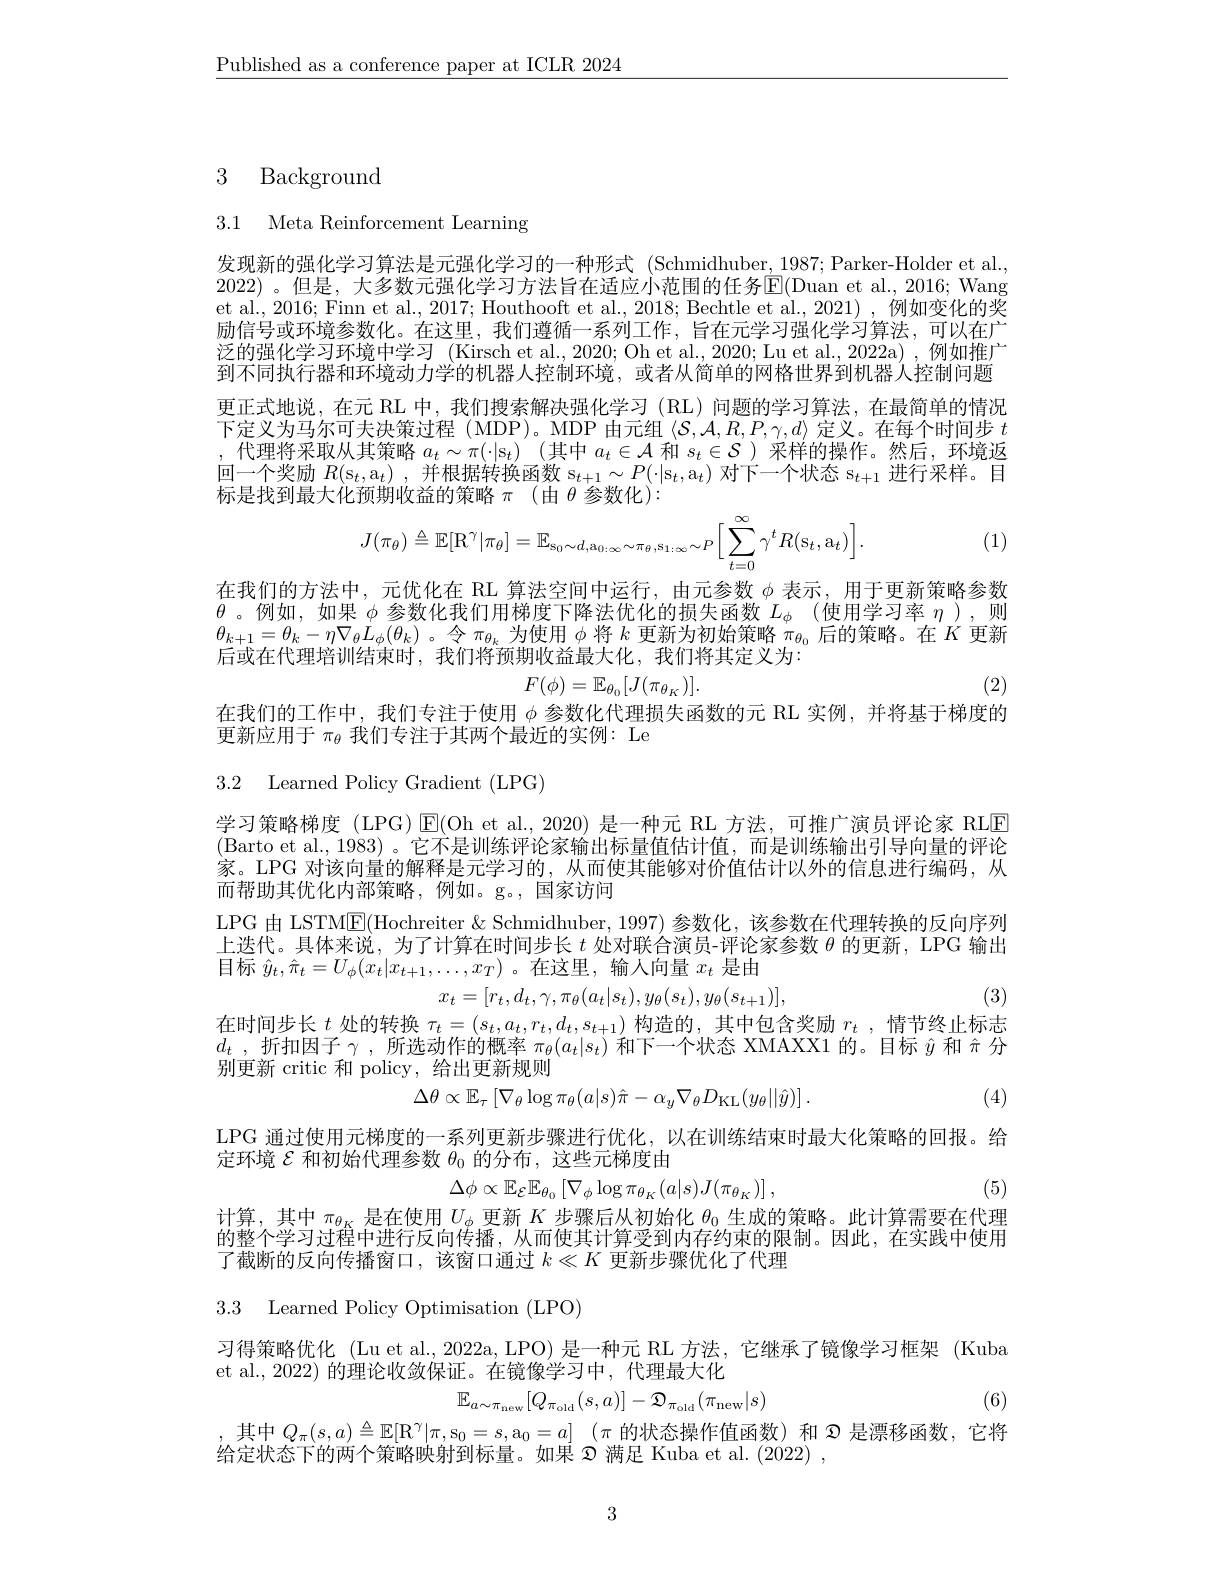
$\underline{\text{Published as a conference paper at ICLR 2024}}$

# 3 Background

3.1 Meta Reinforcement Learning

发现新的强化学习算法是元强化学习的一种形式 (Schmidhuber,1987;Parker-Holder et al., 2022) 。但是，大多数元强化学习方法旨在适应小范围的任务$\boxed{\mathrm{E}}($Duan et al.,2016; Wang et al., 2016; Finn et al., 2017; Houthooft et al., 2018; Bechtle et al., 2021), 例如变化的奖励信号或环境参数化。在这里，我们遵循一系列工作，旨在元学习强化学习算法，可以在广泛的强化学习环境中学习 (Kirsch et al., 2020; Oh et al., 2020; Lu et al., 2022a) ,例如推广到不同执行器和环境动力学的机器人控制环境，或者从简单的网格世界到机器人控制问题更正式地说，在元 RL 中，我们搜索解决强化学习 (RL)问题的学习算法，在最简单的情况下定义为马尔可夫决策过程(MDP)。MDP 由元组$\langle\mathcal{S},\mathcal{A},R,P,\gamma,d\rangle$定义。在每个时间步$t$ ,代理将采取从其策略$a_t\sim\pi(\cdot|\mathfrak{s}_t)$ (其中$a_t\in\mathcal{A}$和$s_t\in\mathcal{S}$ )采样的操作。然后，环境返标是找到最大化预期收益的策略$\pi$ (由$\theta$参数化):
$$J(\pi_{\theta})\triangleq\mathbb{E}[\mathrm R^{\gamma}|\pi_{\theta}]=\mathbb{E}_{\mathrm s_0\sim d,\mathrm a_{0:\infty}\sim\pi_{\theta},\mathrm s_{1:\infty}\sim P}\Big[\sum_{t=0}^{\infty}\gamma^{t}R(\mathrm s_{t},\mathrm a_{t})\Big].$$
(1)

在我们的方法中，元优化在 RL 算法空间中运行，由元参数$\phi$表示，用于更新策略参数$\theta$。例如，如果 $\phi$ 参数化我们用梯度下降法优化的损失函数 $L_\phi($使用学习率 $\eta)$,则$\theta_{k+1}=\theta_k-\eta\nabla_\theta L_\phi(\theta_k)$ 。令$\pi_{\theta_k}$为使用$\phi$将$k$更新为初始策略$\pi_{\theta_0}$后的策略。在$K$更新后或在代理培训结束时，我们将预期收益最大化，我们将其定义为：
$$F(\phi)=\mathbb{E}_{\theta_0}[J(\pi_{\theta_K})].$$
(2)

在我们的工作中，我们专注于使用$\phi$参数化代理损失函数的元 RL 实例，并将基于梯度的
更新应用于$\pi_\mathrm{\theta}$我们专注于其两个最近的实例：Le

3.2 Learned Policy Gradient (LPG)

学习策略梯度 (LPG) $\operatorname{E}($Oh et al.,2020) 是一种元 RL 方法，可推广演员评论家 RLE (Barto et al.,1983)。它不是训练评论家输出标量值估计值，而是训练输出引导向量的评论家。LPG 对该向量的解释是元学习的，从而使其能够对价值估计以外的信息进行编码，从而帮助其优化内部策略，例如。g。,国家访问
LPG 由 LSTM$\underline{\mathrm{E}}($Hochreiter & Schmidhuber, 1997) 参数化，该参数在代理转换的反向序列上迭代。具体来说，为了计算在时间步长$t$处对联合演员-评论家参数$\theta$的更新，LPG 输出目标$\hat{y}_{t},\hat{\pi}_{t}=U_{\phi}(x_{t}|x_{t+1},\ldots,x_{T})$。在这里，输入向量$x_t$是由
$$x_t=[r_t,d_t,\gamma,\pi_\theta(a_t|s_t),y_\theta(s_t),y_\theta(s_{t+1})],$$
(3)
在时间步长$t$处的转换$\tau_t=(s_t,a_t,r_t,d_t,s_{t+1})$构造的，其中包含奖励$r_t$ ,情节终止标志$d_t$ ,折扣因子$\gamma$ ,所选动作的概率$\pi_\theta(a_t|s_t)$和下一个状态 XMAXX1 的。目标$\hat{y}$和 分别更新 critic 和 policy, 给出更新规则
$$\Delta\theta\propto\mathbb{E}_{\tau}\left[\nabla_{\theta}\log\pi_{\theta}(a|s)\hat{\pi}-\alpha_{y}\nabla_{\theta}D_{\mathrm{KL}}(y_{\theta}||\hat{y})\right].$$
(4)
LPG 通过使用元梯度的一系列更新步骤进行优化，以在训练结束时最大化策略的回报。给
定环境$\mathcal{E}$和初始代理参数$\theta_0$的分布，这些元梯度由
$$\Delta\phi\propto\mathbb{E}_{\mathcal{E}}\mathbb{E}_{\theta_{0}}\left[\nabla_{\phi}\log\pi_{\theta_{K}}(a|s)J(\pi_{\theta_{K}})\right],$$
(5)

计算，其中$\pi_\theta_K$是在使用$U_\phi$更新$K$步骤后从初始化$\theta_0$生成的策略。此计算需要在代理的整个学习过程中进行反向传播，从而使其计算受到内存约束的限制。因此，在实践中使用了截断的反向传播窗口，该窗口通过$k\ll K$更新步骤优化了代理

3.3 Learned Policy Optimisation (LPO)

习得策略优化 (Lu et al., 2022a, LPO) 是一种元 RL 方法，它继承了镜像学习框架 (Kuba
et al.,2022) 的理论收敛保证。在镜像学习中，代理最大化
$$\mathbb{E}_{a\sim\pi_{\mathrm{new}}}[Q_{\pi_{\mathrm{old}}}(s,a)]-\mathfrak{D}_{\pi_{\mathrm{old}}}(\pi_{\mathrm{new}}|s)$$
(6)

,其中$Q_\pi ( s, a) \triangleq \mathbb{E} [ \mathbb{R} ^\gamma | \pi , \mathfrak{s} _0= s, \mathfrak{a} _0= a]$ $( \pi$的状态操作值函数)和$\mathfrak{Q}$是漂移函数，它将
给定状态下的两个策略映射到标量。如果$\mathfrak{2}$满足 Kuba et al. (2022) ,

3